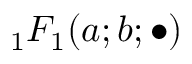
{ _ 1 F _ { 1 } } ( a ; b ; \bullet )